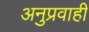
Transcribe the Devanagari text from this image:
अनुप्रवाही